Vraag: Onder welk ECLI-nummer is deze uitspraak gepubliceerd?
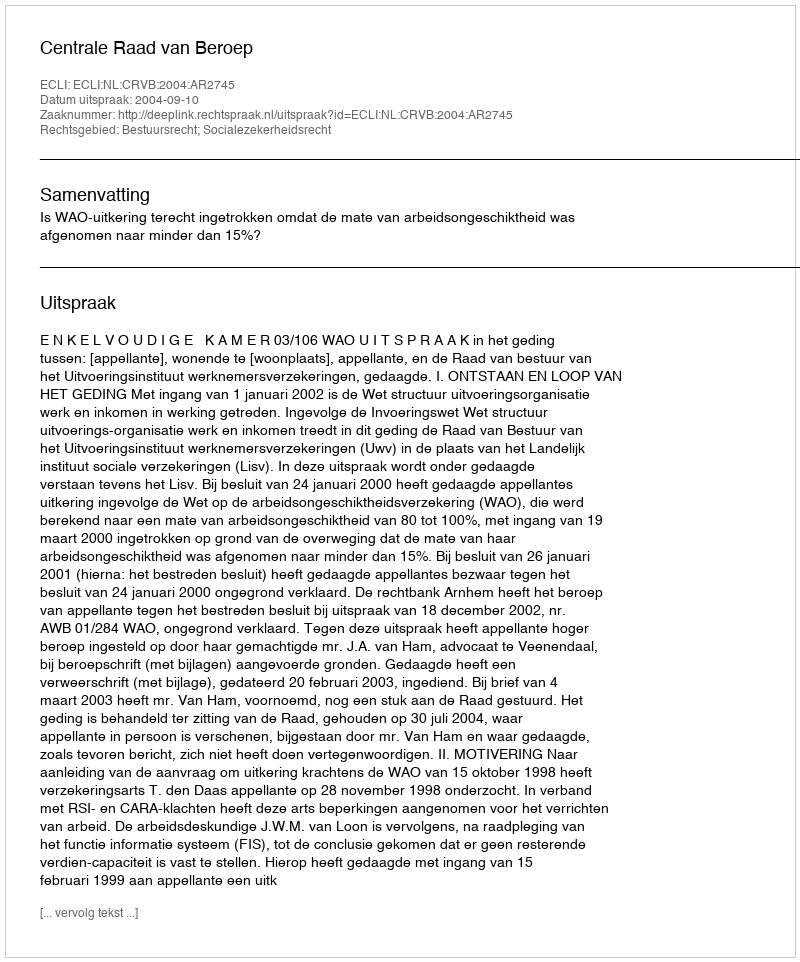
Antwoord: ECLI:NL:CRVB:2004:AR2745